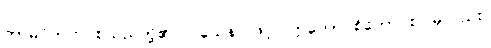
ကာမဝိတက် စသည်တို့၏။ ဝသေန၊ ဖြင့်။ ဣတော စိတော စ၊ မှလည်း။